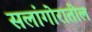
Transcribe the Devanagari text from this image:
सलांगोरातील